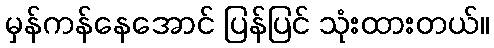
မှန်ကန်နေအောင် ပြန်ပြင် သုံးထားတယ်။